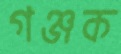
গঞ্জক